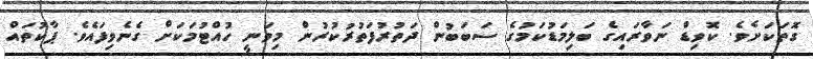
ގޮތަކަށެވެ. ކޮވިޑް ނަވާރައިގެ ބަލިމަޑުކަމުގެ ސަބަބުން ދަތުރުފަތުރުކުރުން މިވަނީ ހުއްޓުމަކަށް ގެނެވިފައެވެ. ޕާކުތައް